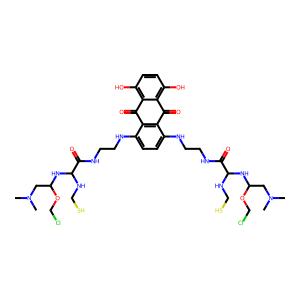
SMILES: CN(C)CC(NC(NCS)C(=O)NCCNc1ccc(NCCNC(=O)C(NCS)NC(CN(C)C)OCCl)c2c1C(=O)c1c(O)ccc(O)c1C2=O)OCCl
Inhibits HIV replication: No